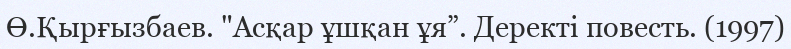
Ө.Қырғызбаев. "Асқар ұшқан ұя”. Деректі повесть. (1997)